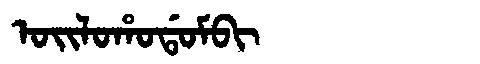
Manchu: ᠣᡳᠯᠣᡥᠣᡩᠣᠮᠪᡳ
Romanization: OILOHODOMBI